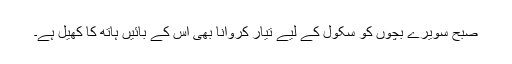
صبح سویرے بچوں کو سکول کے لیے تیار کروانا بھی اِس کے بائیں ہاتھ کا کھیل ہے۔